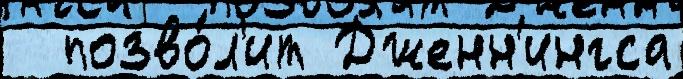
  позво́л'ит Дженн'ингса